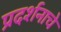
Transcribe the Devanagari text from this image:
प्रदर्शनाचे